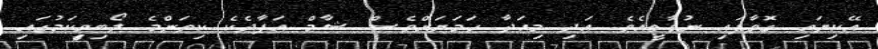
އޭކިޔައި ގޮވާފައި ނުވާތީއެވެ. އަދި މިއަދާ ހަމަޔަށްވެސް ޝާމް އަފާދެކެ ކިތަންމެ ލޯބިވީިކަމުގައި